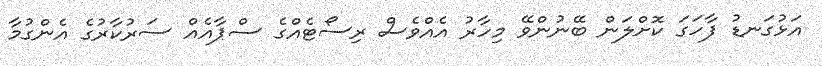
އަޅުގަނޑު ފާހަގަ ކޮށްލަން ބޭނުންވޭ މިހާރު އެއްވެސް ރިސޯޓެއްގެ ސްޕާއެއް ސަރުކާރުގެ އެންގުމާ